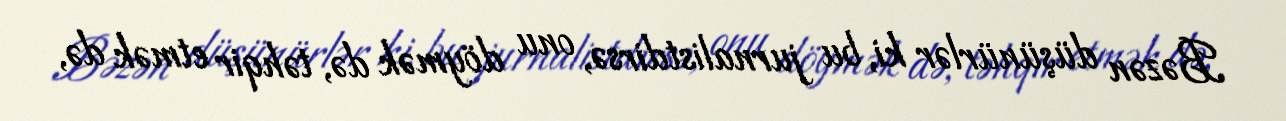
Bəzən düşünürlər ki, bu jurnalistdirsə, onu döymək də, təhqir etmək də,